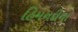
હિમનદીના